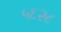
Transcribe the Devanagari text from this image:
५६२८